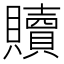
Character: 贖